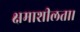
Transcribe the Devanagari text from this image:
क्षमाशीलता।